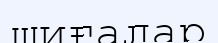
шиғалар